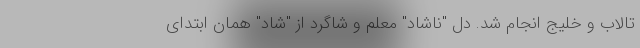
تالاب و خلیج انجام شد. دل "ناشاد" معلم و شاگرد از "شاد" همان ابتدای